Medical and sanitary report of the native army of Bengal for the year
Year: 1877
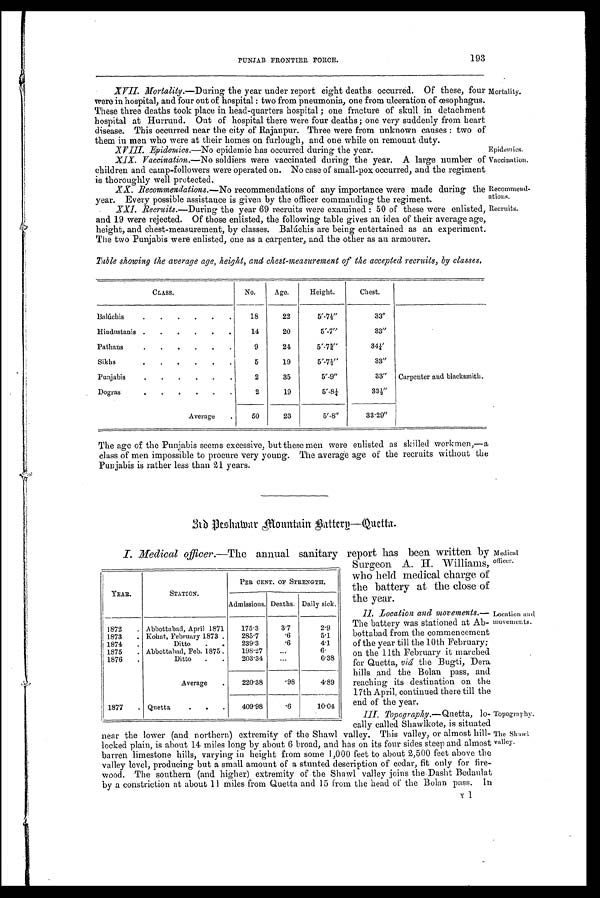
Mortality.
Epidemics.
Vaccination.
Recommend-
ations. Recruits.
Topography.
The Shawl
valley.
193
PUNJAB FRONTIER FORCE.
XVII. Mortality. —During the year under report eight deaths occurred. Of these, foul
were in hospital, and four out of hospital: two from pneumonia, one from ulceration of œsophagus.
These three deaths took place in head-quarters hospital; one fracture of skull in detachment
hospital at Hurrund. Out of hospital there were four deaths; one very suddenly from heart
disease. This occurred near the city of Rajanpur. Three were from unknown causes: two of
them in men who were at their homes on furlough, and one while on remount duty.
XVIII. Epidemics.—No epidemic has occurred during the year.
XIX. Vaccination.—No soldiers were vaccinated during the year. A large number of
children and camp-followers were operated on. No case of small-pox occurred, and the regiment
is thoroughly well protected.
XX. Recommendations.—No recommendations of any importance were made during the
year. Every possible assistance is given by the officer commanding the regiment.
XXI.
Recruits. —During the year 69 recruits were examined: 50 of these were enlisted,
and 19 were rejected. Of those enlisted, the following table gives an idea of their average age,
hei ght, and chest-measurement, by cl asses. Bahúchi s are bei ng entertai ned as an experi ment.
The two Punjabis were enlisted, one as a carpenter, and the other as an armourer.
Table showing the average age, height, and chest-measurement of the accepted recruits, by classes.
CLASS.
No.
Age.
Height.
Chest.
Balúchis
. . . . . .
18
22
5' -7½"
33"
Hindustanis .
. . .
14
20
5'-7"
33"
Pathans
. . . . . .
9
24
5'-7¾"
34¼'
Sikhs
.
5
19
5'-7½"
33"
Punjabis
. .
.
.
2
35
5'-9"
33" Carpenter and blacksmith.
Dogras
.
.
2
19
5"-8¼
33½"
Average .
50
23
5'-8"
33.29"
The age of the Punjabis seems excessive, but these men were enlisted as skilled workmen,—a
class of men impossible to procure very young. The average age of the recruits without the
Punjabis is rather less than 21 years.
3 r d P e s h a w a r M o u n t a i n B a t t e r y — Q u e t t a .
I . M e d i c a l o f f i c e r . —
T h e a n n u a l s a n i t a r y r e p o r t h a s b e e n w r i t t e n b y
Surgeon A. H. Williams,
who held medical charge of
the battery at the close of
the year.
Il. Location and movements.—
The battery was stationed at Ab-
bottabad from the commencement
of the year till the 10th February;
on the 11th February it marched
for Quetta, viâ the Bugti, Dera
hills and the Bolan pass, and
reaching its destination on the
17th April, continued there till the
end of the year.
III. Topography. —Quetta, lo
near the lower (and northern) extremity of the Shawl valley. This valley, or almost hill
locked plain, is about 14 miles long by about 6 broad, and has on its four sides steep and almost
barren limestone hills, varying in height from some 1,000 feet to about 2,500 feet above the
valley level, producing but a small amount of a stunted description of cedar, fit only for fire-
wood. The southern (and higher) extremity of the Shawl valley joins the Dasht Bedaulat
by a constriction at about 11 miles from Quetta and 15 from the head of the Bolan pass. In
YEAR.
STATION.
PER CENT. OF STRENGTH.
Admissions. Deaths. Daily sick.
1872 . Abbottabad, April 1871
175.3
3.7
2.9
1873 . Kohat, February 1873 .
285.7
.6
5.1
1874 .
Ditto . .
239.3
.6
4.1
1875 . Abbottabad, Feb. 1875 .
198.27
...
6.
1876 .
Ditto . .
203.34
...
6.38
Average .
220.38
.98
4.89
1877 . Quetta
. . .
409.98
.6
10.04
Medical
officer.
Location and
movements.
Y1